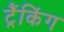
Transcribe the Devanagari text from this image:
ट्रैंकिंग